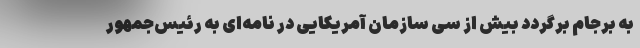
به برجام برگردد بیش از سی سازمان آمریکایی در نامه‌ای به رئیس‌جمهور